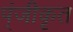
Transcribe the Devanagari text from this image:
प्ंजीकृत